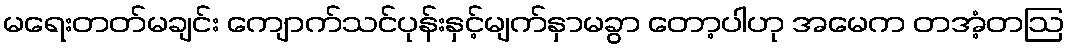
မရေးတတ်မချင်း ကျောက်သင်ပုန်းနှင့်မျက်နှာမခွာ တော့ပါဟု အမေက တအံ့တဩ